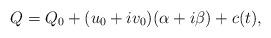
LaTeX: \begin{align*}Q = Q_0 + (u_0+iv_0)(\alpha + i\beta) + c(t),\end{align*}